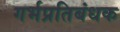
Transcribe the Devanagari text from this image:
गर्भप्रतिबंधक